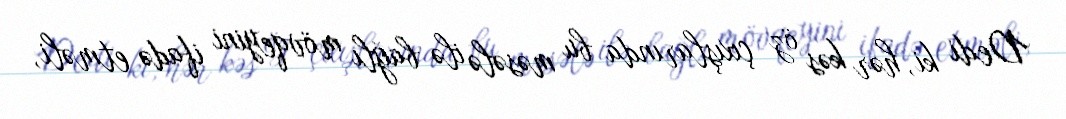
Dedi ki, hər kəs öz çıxışlarında bu məsələ ilə bağlı mövqeyini ifadə etməli,